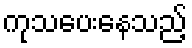
ကုသပေးနေသည့်